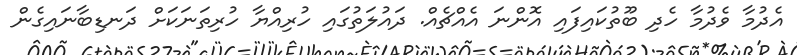
އެދުމާ ވެދުމާ ހެދި ބޫތުކައިފައި އޮންނަ އެއްޗެއް. ދައުލަތުގައި ހުރިއްޔާ ހުރިތަނަކަށް ދަނޑިބާނައިގެން